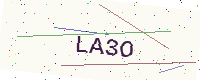
Text: LA3O